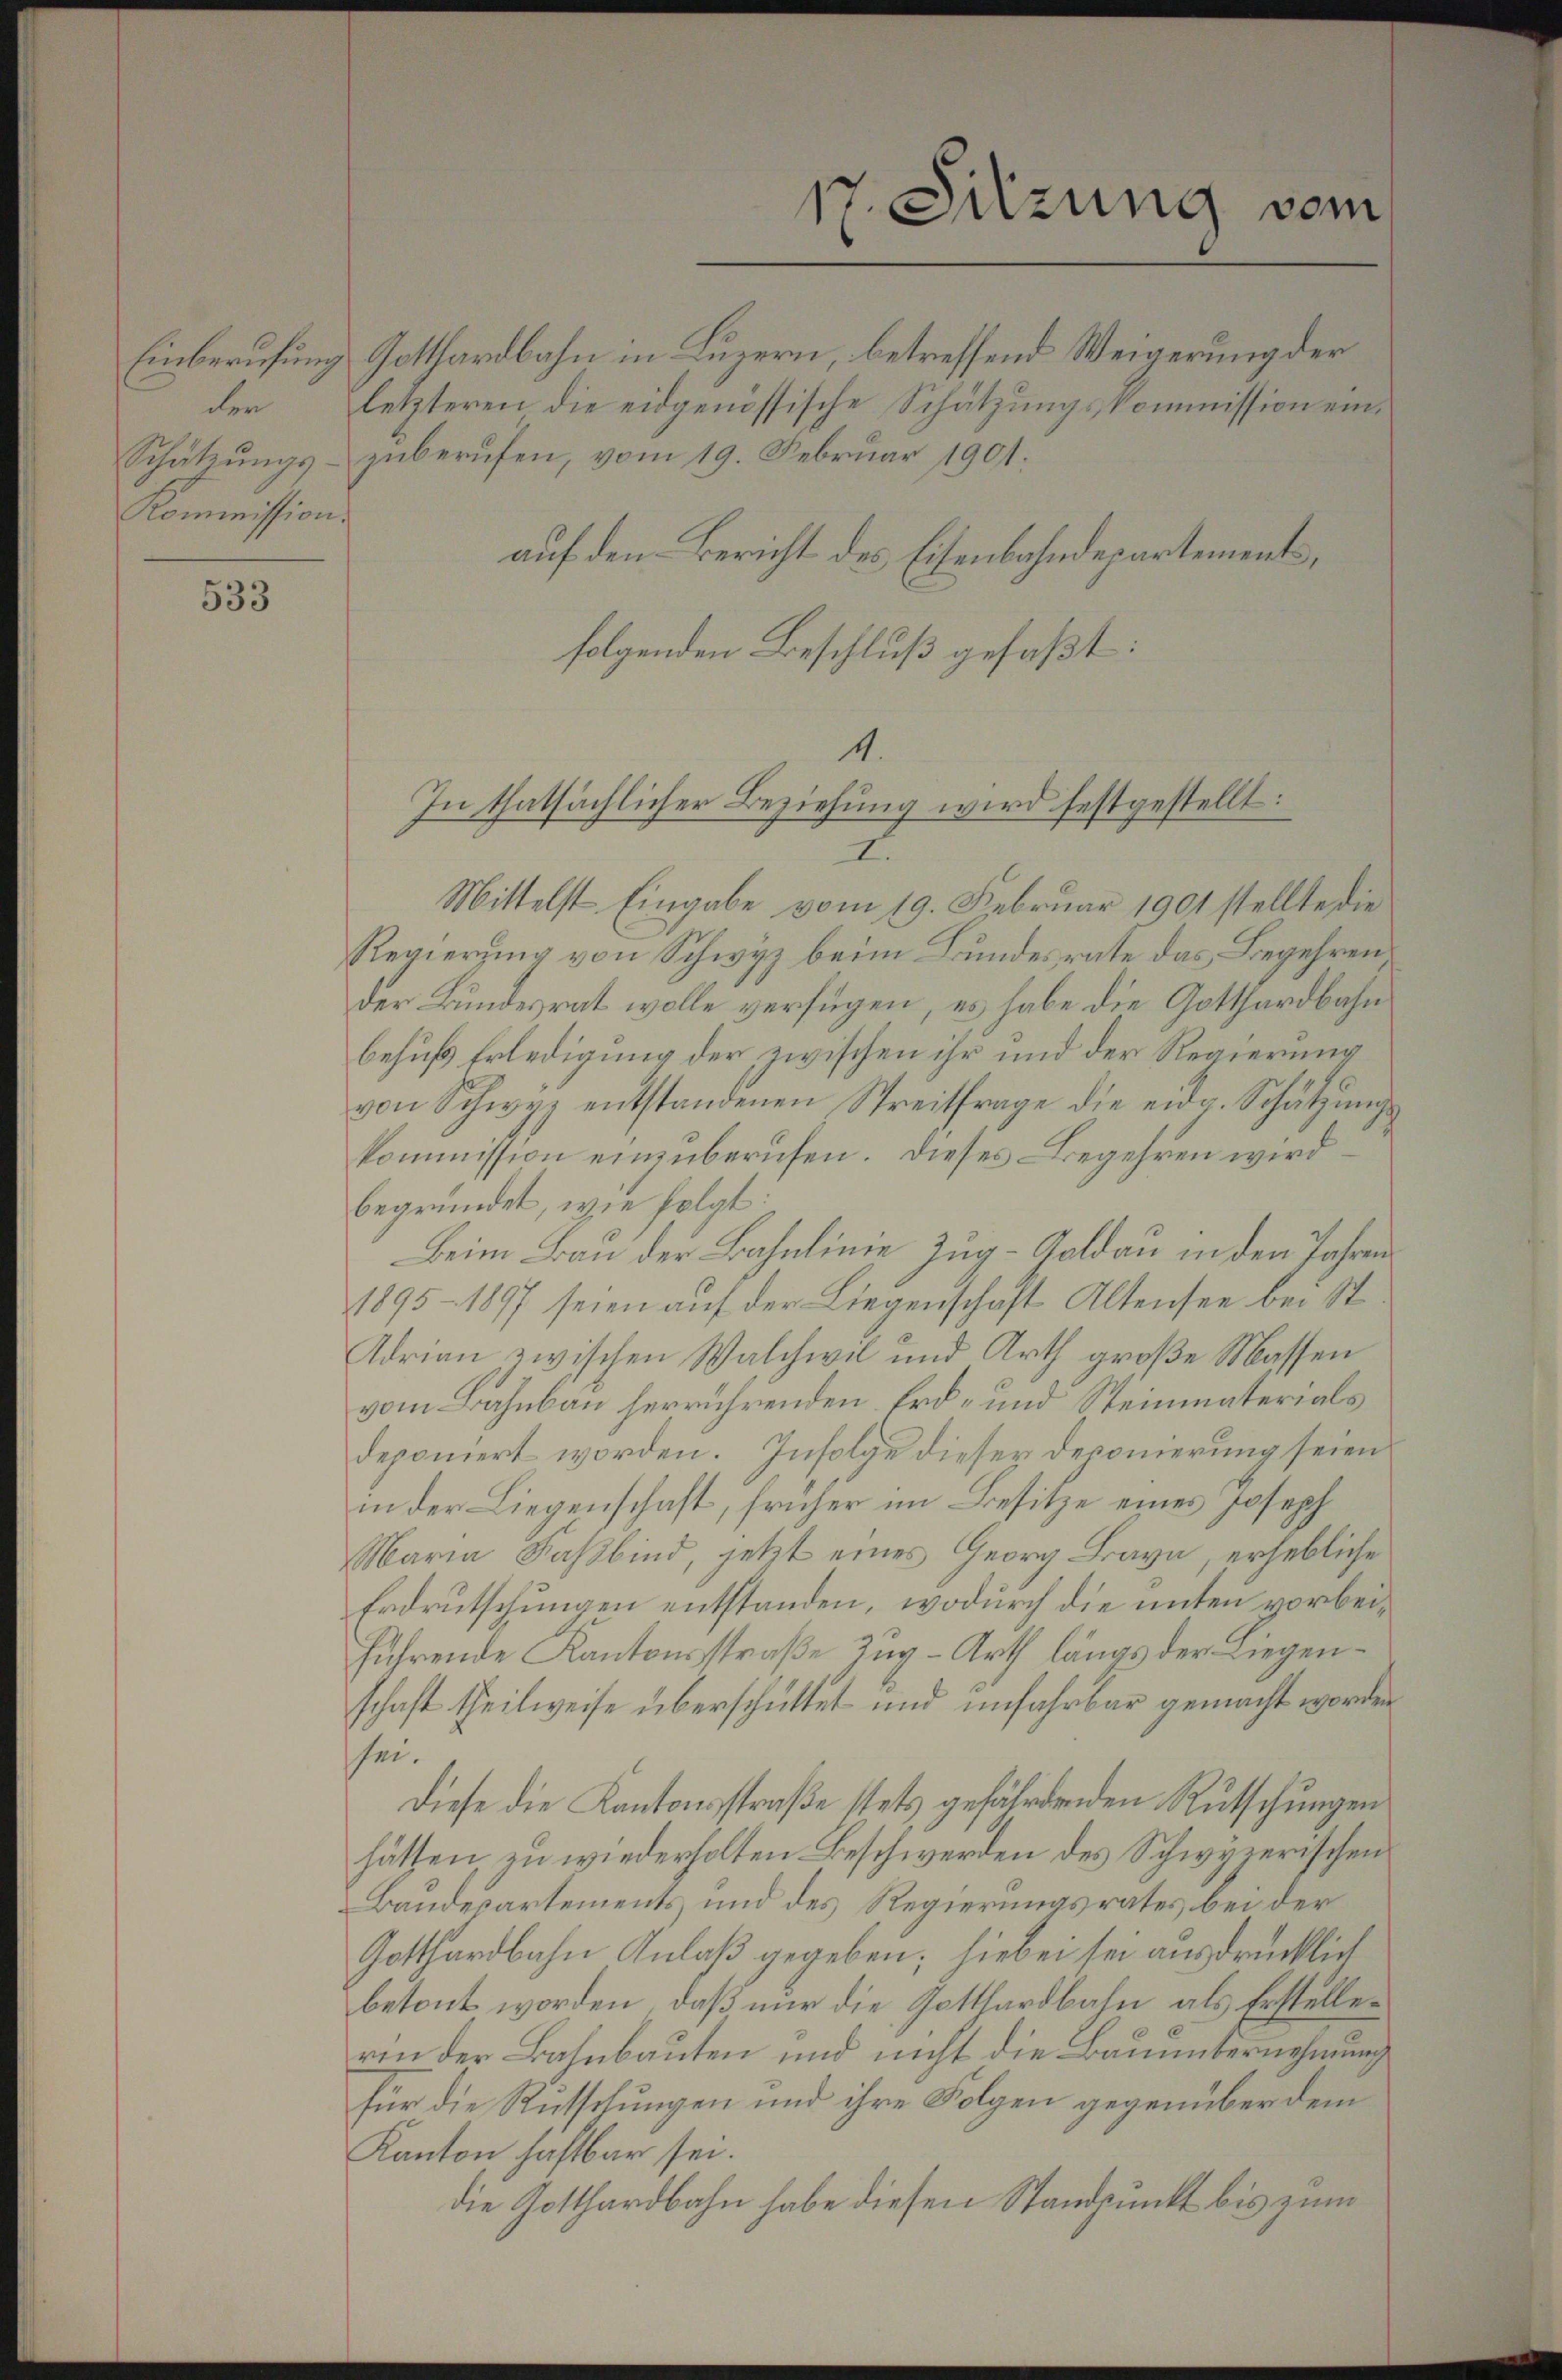
der
Kommission.

533

Einberufung Gotthardbahn in Luzern, betreffend Weigerung der
letzteren die eidgenössische Schätzungskommission ein¬
Schätzungs- zuberufen, vom 19. Februar 1901.
auf den Bericht des Eisenbahndepartements,
folgenden Beschluß gefaßt:

Mittelst Eingabe vom 19. Februar 1901 stellte die
Regierung von Schwyz beim Bundesrate das Begehren
der Bundesrat wolle verfügen, es habe die Gotthardbahn
behufs Erledigung der zwischen ihr und der Regierung
von Schwyz entstandenen Streitfrage die eidg. Schätzungskommission einzuberufen. Dieses Begehren wird
begründet, wie folgt:
Beim Bau der Bahnlinie Zug–Goldau in den Jahren
1895 - 1897 seien auf der Liegenschaft Altensee bei St
Adrian zwischen Walchwil und Arth groβe Massen
vom Bahnbau herrührenden Erd- und Steinmaterials
deponiert worden. Infolge dieser Deponierung seien
in der Liegenschaft, früher im Besitze eines Joseph
Maria Faßbind, jetzt eines Georg Bava, erhebliche
Erdrutschungen entstanden, wodurch die unter vorbeiführende Kantonsstraße Zug-Arth längs der Liegenschaft theilweise überschüttet und unfahrbar gemacht worden
sei.
Diese die Kantonsstraße stets gefährdenden Rutschungen
hätten zu wiederholten Beschwerden des Schwyzerischen
Baudepartements und des Regierungsrates bei der
Gotthardbahn Anlaß gegeben; hiebei sei ausdrücklich
betont worden, daß nur die Gotthardbahn als Erstellerin der Bahnbauten und nicht die Baunübernehmung
für die Rutschungen und ihre Folgen gegenüber dem
Kanton haftbar sei.
die Gotthardbahn habe diesen Standpunkt bis zum

17. Sitzung vom

1.
In thatsächlicher Beziehung wird festgestellt: